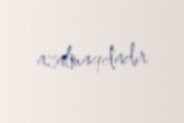
azalmaqdadır.